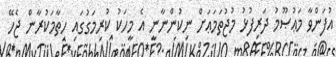
އުފަންވާ މަޢުޞޫމު ދަރިފުޅު މުޖުތަމަޢަށް ނިކުންނާނީ އެ މީހަކު ކުރިމަގުގައި ހިތާމަކުރާން ޖެހޭ